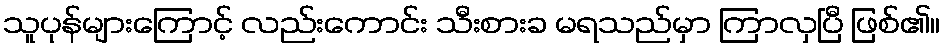
သူပုန်များကြောင့် လည်းကောင်း သီးစားခ မရသည်မှာ ကြာလှပြီ ဖြစ်၏။